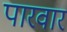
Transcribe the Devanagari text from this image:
पारवार